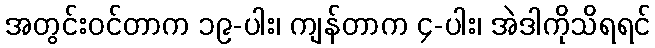
အတွင်းဝင်တာက ၁၉-ပါး၊ ကျန်တာက ၄-ပါး၊ အဲဒါကိုသိရရင်